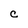
Character: C